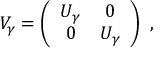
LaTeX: V _ { \gamma } = \left( \begin{array} { c c } { { U _ { \gamma } } } & { { 0 } } \\ { { 0 } } & { { U _ { \gamma } } } \end{array} \right) ~ ,